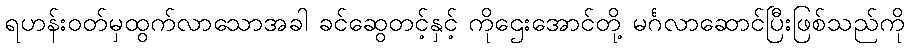
ရဟန်းဝတ်မှထွက်လာသောအခါ ခင်ဆွေတင့်နှင့် ကိုဌေးအောင်တို့ မင်္ဂလာဆောင်ပြီးဖြစ်သည်ကို